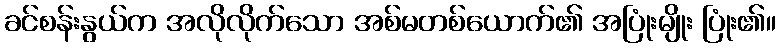
ခင်စန်းနွယ်က အလိုလိုက်သော အစ်မတစ်ယောက်၏ အပြုံးမျိုး ပြုံး၏။